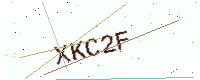
Text: XKC2F